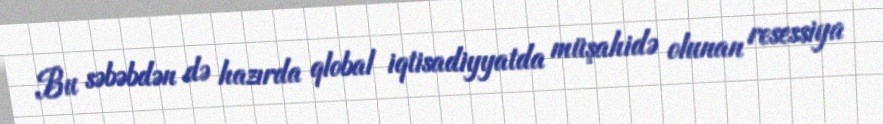
Bu səbəbdən də hazırda qlobal iqtisadiyyatda müşahidə olunan resessiya